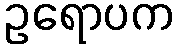
ဥရောပက